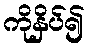
ကိုနှိပ်၍